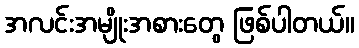
အလင်းအမျိုးအစားတွေ ဖြစ်ပါတယ်။